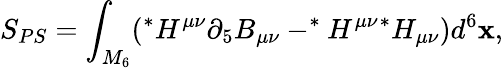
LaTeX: S_{PS}=\int_{M_{6}}(^{*}H^{\mu\nu}\partial_{5}B_{\mu\nu}-^{*}H^{\mu\nu}{}^{*}H_{\mu\nu})d^{6}\mathbf{x},